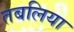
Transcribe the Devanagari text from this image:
तबलिया